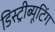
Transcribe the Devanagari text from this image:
डिस्ट्रीब्यूटिंग